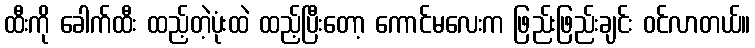
ထီးကို ခေါက်ထီး ထည့်တဲ့ပုံးထဲ ထည့်ပြီးတော့ ကောင်မလေးက ဖြည်းဖြည်းချင်း ဝင်လာတယ်။